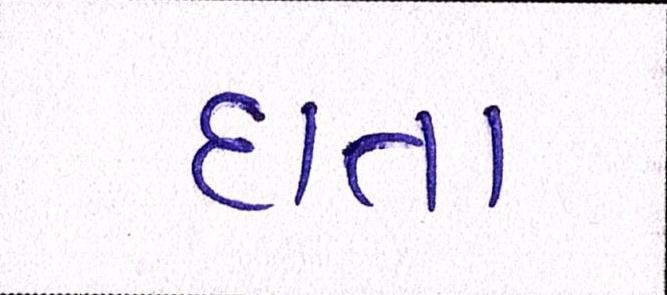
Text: દાતા